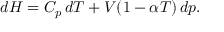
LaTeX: d H = C _ { p } \, d T + V ( 1 - \alpha T ) \, d p .